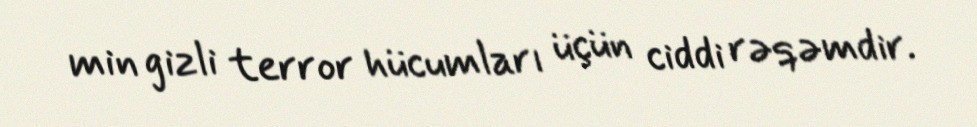
min gizli terror hücumları üçün ciddi rəqəmdir.